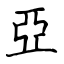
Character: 亞